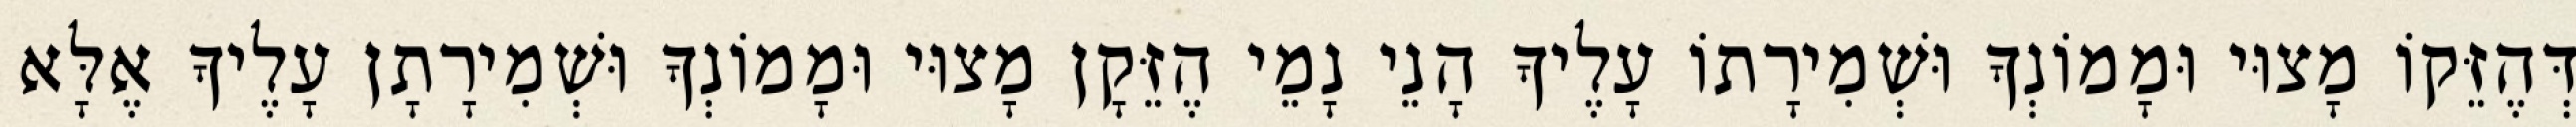
דְּהֶזֵּקוֹ מָצוּי וּמָמוֹנְךָ וּשְׁמִירָתוֹ עָלֶיךָ הָנֵי נָמֵי הֶזֵּקָן מָצוּי וּמָמוֹנְךָ וּשְׁמִירָתָן עָלֶיךָ אֶלָּא